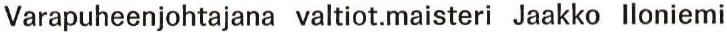
Varapuheenjohtajana valtiot.maisteri Jaakko lloniemi